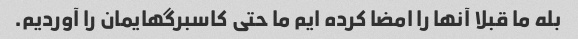
بله ما قبلا آنها را امضا کرده ایم ما حتی کاسبرگهایمان را آوردیم.